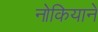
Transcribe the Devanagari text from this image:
नोकियाने